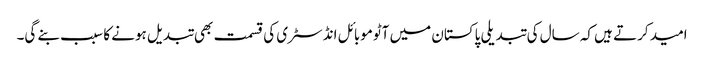
امید کرتے ہیں کہ سال کی تبدیلی پاکستان میں آٹوموبائل انڈسٹری کی قسمت بھی تبدیل ہونے کا سبب بنے گی۔